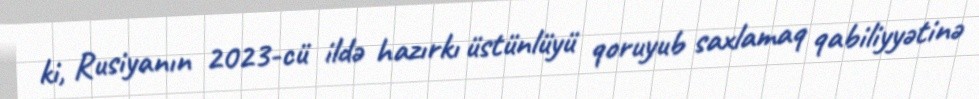
ki, Rusiyanın 2023-cü ildə hazırkı üstünlüyü qoruyub saxlamaq qabiliyyətinə